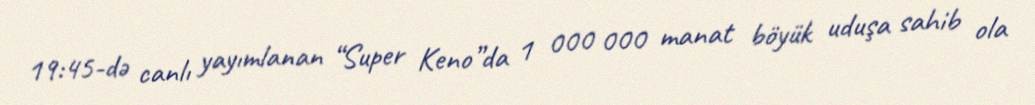
19:45-də canlı yayımlanan “Super Keno”da 1 000 000 manat böyük uduşa sahib ola